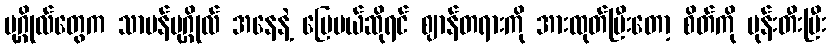
ပုဂ္ဂိုလ်တွေက သာမန်ပုဂ္ဂိုလ် အနေနဲ့ ပြေမယ်ဆိုရင် ဈာန်တရားကို အားထုတ်ပြီးတော့ စိတ်ကို မုန်းတီးပြီး